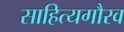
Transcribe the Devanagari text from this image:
साहित्यगौरव